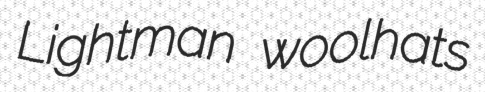
Lightman woolhats